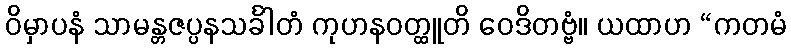
ဝိမှာပနံ သာမန္တဇပ္ပနသင်္ခါတံ ကုဟနဝတ္ထူတိ ဝေဒိတဗ္ဗံ။ ယထာဟ “ကတမံ